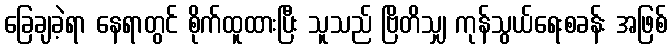
ခြေချခဲ့ရာ နေရာတွင် စိုက်ထူထားပြီး သူသည် ဗြိတိသျှ ကုန်သွယ်ရေးစခန်း အဖြစ်